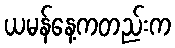
ယမန်နေ့ကတည်းက